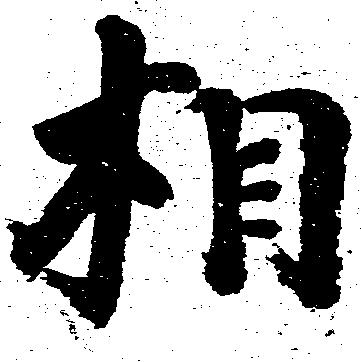
相